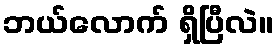
ဘယ်လောက် ရှိပြီလဲ။